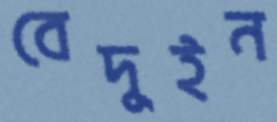
বেদুইন